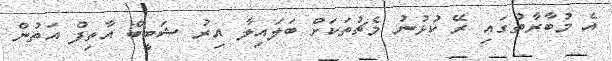
އެ މުބާރާތުގައި ރޭ ކުޅުނު މެޗުތަކަށް ބަލައިލާ އިރު ޝަބީބް އާތިފް އަތުން